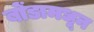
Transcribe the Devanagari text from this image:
बोंडामधून